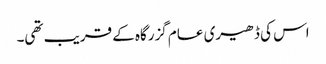
اس کی ڈھیری عام گزرگاہ کے قریب تھی۔